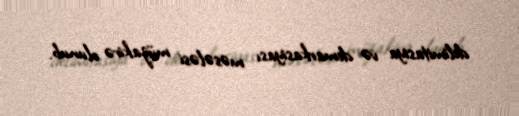
delimitasiya və demarkasiyası məsələsi müzakirə olunub.